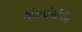
એસપીસીએના